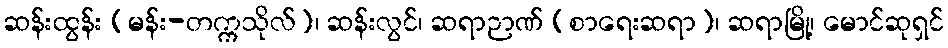
ဆန်းထွန်း (မန်း-တက္ကသိုလ်)၊ ဆန်းလွင်၊ ဆရာဉာဏ် (စာရေးဆရာ)၊ ဆရာမြို့၊ မောင်ဆုရှင်